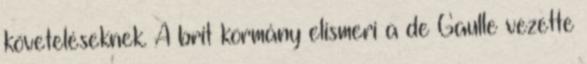
követeléseknek. A brit kormány elismeri a de Gaulle vezette